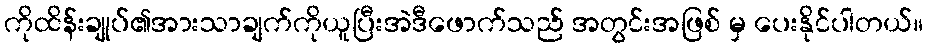
ကိုထိန်းချုပ်၏အားသာချက်ကိုယူပြီးအဲဒီဖောက်သည် အတွင်းအဖြစ် မှ ပေးနိုင်ပါတယ်။